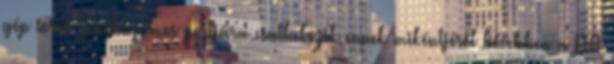
gép soros párhuzamos portjára csatlakozik ennek mikéntjéről bővebben a PTT